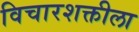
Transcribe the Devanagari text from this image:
विचारशक्तीला